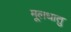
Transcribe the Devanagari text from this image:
मूलधातु